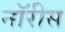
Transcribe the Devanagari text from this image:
नॉरीस